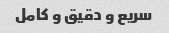
سریع و دقیق و کامل